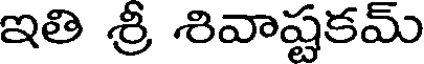
ఇతి శ్రీ శివాష్టకమ్